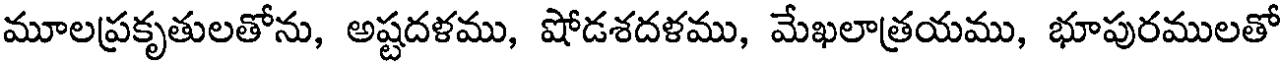
మూలప్రకృతులతోను, అష్టదళము, షోడశదళము, మేఖలాత్రయము, భూపురములతో